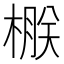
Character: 㮳